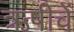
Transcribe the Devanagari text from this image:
ऋषीचें